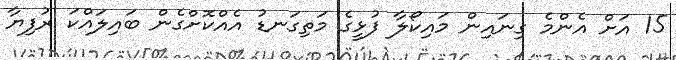
15 އަށް އެންމެ ގިނައިން މައިކޯލާ ފުޅީގެ މަތިގަނޑު އެއްކޮށްގެން ބައިލައްކަ ރުފިޔާ